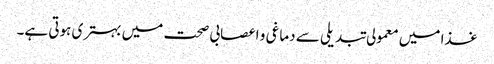
غذا میں معمولی تبدیلی سے دماغی و اعصابی صحت میں بہتری ہوتی ہے۔